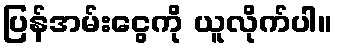
ပြန်အမ်းငွေကို ယူလိုက်ပါ။